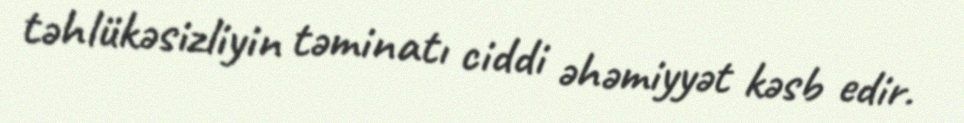
təhlükəsizliyin təminatı ciddi əhəmiyyət kəsb edir.